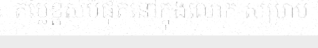
តម្លៃខ្ពស់បំផុតនៅក្នុងលោក សម្រាប់